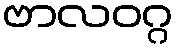
ဗာလဝဂ္ဂ